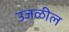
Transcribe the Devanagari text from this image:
उजळील